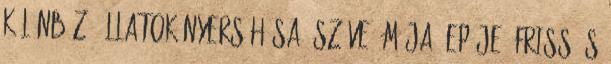
Különböző állatok nyers húsa, szíve, mája, epéje, friss és